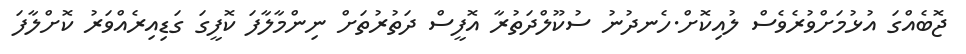
ޖޮބެއްގަ އުޅުމަށްވުރެވެސް ލުއިކޮށް.ހެނދުނު ސުކޫލްދަތުރާ އޮފީސް ދަތުރުތަށް ނިންމާލާފަ ކޮފީގަ ގަޑިއިރެއްވަރު ކޮށްލާފަ